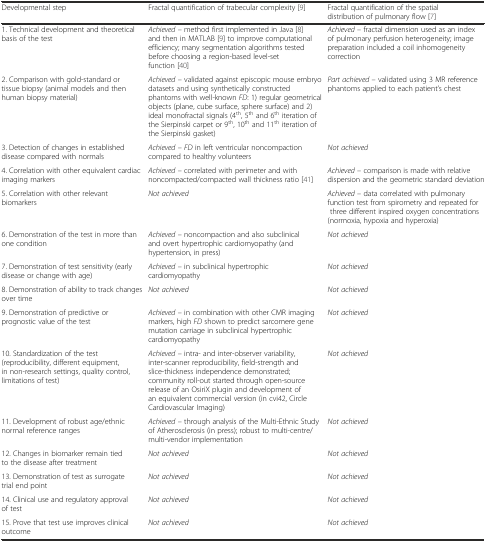
<table><thead><tr><td><b>Developmental step</b></td><td><b>Fractal quantification of trabecular complexity [9]</b></td><td><b>Fractal quantification of the spatial distribution of pulmonary flow [7]</b></td></tr></thead><tbody><tr><td>1. Technical development and theoretical basis of the test</td><td><i>Achieved –</i> method first implemented in Java [8] and then in MATLAB [9] to improve computational efficiency; many segmentation algorithms tested before choosing a region-based level-set function [40]</td><td><i>Achieved –</i> fractal dimension used as an index of pulmonary perfusion heterogeneity; image preparation included a coil inhomogeneity correction</td></tr><tr><td>2. Comparison with gold-standard or tissue biopsy (animal models and then human biopsy material)</td><td><i>Achieved –</i> validated against episcopic mouse embryo datasets and using synthetically constructed phantoms with well-known <i>FD</i>: 1) regular geometrical objects (plane, cube surface, sphere surface) and 2) ideal monofractal signals (4<sup>th</sup>, 5<sup>th</sup> and 6<sup>th</sup> iteration of the Sierpinski carpet or 9<sup>th</sup>, 10<sup>th</sup> and 11<sup>th</sup> iteration of the Sierpinski gasket)</td><td><i>Part achieved –</i> validated using 3 MR reference phantoms applied to each patient’s chest</td></tr><tr><td>3. Detection of changes in established disease compared with normals</td><td><i>Achieved – FD</i> in left ventricular noncompaction compared to healthy volunteers</td><td><i>Not achieved</i></td></tr><tr><td>4. Correlation with other equivalent cardiac imaging markers</td><td><i>Achieved –</i> correlated with perimeter and with noncompacted/compacted wall thickness ratio [41]</td><td><i>Achieved –</i> comparison is made with relative dispersion and the geometric standard deviation</td></tr><tr><td>5. Correlation with other relevant biomarkers</td><td><i>Not achieved</i></td><td><i>Achieved –</i> data correlated with pulmonary function test from spirometry and repeated for three different inspired oxygen concentrations (normoxia, hypoxia and hyperoxia)</td></tr><tr><td>6. Demonstration of the test in more than one condition</td><td><i>Achieved –</i> noncompaction and also subclinical and overt hypertrophic cardiomyopathy (and hypertension, in press)</td><td><i>Not achieved</i></td></tr><tr><td>7. Demonstration of test sensitivity (early disease or change with age)</td><td><i>Achieved –</i> in subclinical hypertrophic cardiomyopathy</td><td><i>Not achieved</i></td></tr><tr><td>8. Demonstration of ability to track changes over time</td><td><i>Not achieved</i></td><td><i>Not achieved</i></td></tr><tr><td>9. Demonstration of predictive or prognostic value of the test</td><td><i>Achieved –</i> in combination with other CMR imaging markers, high <i>FD</i> shown to predict sarcomere gene mutation carriage in subclinical hypertrophic cardiomyopathy</td><td><i>Not achieved</i></td></tr><tr><td>10. Standardization of the test (reproducibility, different equipment, in non-research settings, quality control, limitations of test)</td><td><i>Achieved –</i> intra- and inter-observer variability, inter-scanner reproducibility, field-strength and slice-thickness independence demonstrated; community roll-out started through open-source release of an OsiriX plugin and development of an equivalent commercial version (in cvi42, Circle Cardiovascular Imaging)</td><td><i>Not achieved</i></td></tr><tr><td>11. Development of robust age/ethnic normal reference ranges</td><td><i>Achieved –</i> through analysis of the Multi-Ethnic Study of Atherosclerosis (in press); robust to multi-centre/multi-vendor implementation</td><td><i>Not achieved</i></td></tr><tr><td>12. Changes in biomarker remain tied to the disease after treatment</td><td><i>Not achieved</i></td><td><i>Not achieved</i></td></tr><tr><td>13. Demonstration of test as surrogate trial end point</td><td><i>Not achieved</i></td><td><i>Not achieved</i></td></tr><tr><td>14. Clinical use and regulatory approval of test</td><td><i>Not achieved</i></td><td><i>Not achieved</i></td></tr><tr><td>15. Prove that test use improves clinical outcome</td><td><i>Not achieved</i></td><td><i>Not achieved</i></td></tr></tbody></table>